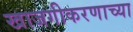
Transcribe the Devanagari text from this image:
खाजगीकरणाच्या